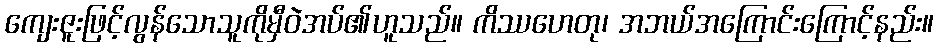
ကျေးဇူးဖြင့်လွန်သောသူကိုမှီဝဲအပ်၏ဟူသည်။ ကိဿဟေတု၊ အဘယ်အကြောင်းကြောင့်နည်း။